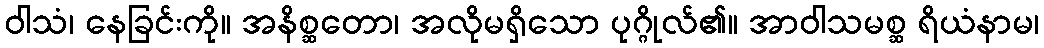
ဝါသံ၊ နေခြင်းကို။ အနိစ္ဆတော၊ အလိုမရှိသော ပုဂ္ဂိုလ်၏။ အာဝါသမစ္ဆ ရိယံနာမ၊